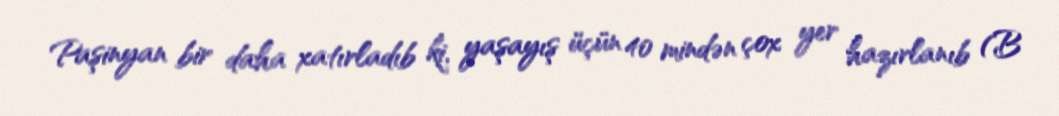
Paşinyan bir daha xatırladıb ki, yaşayış üçün 40 mindən çox yer hazırlanıb (B